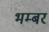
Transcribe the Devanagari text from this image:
भम्बर